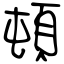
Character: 頓